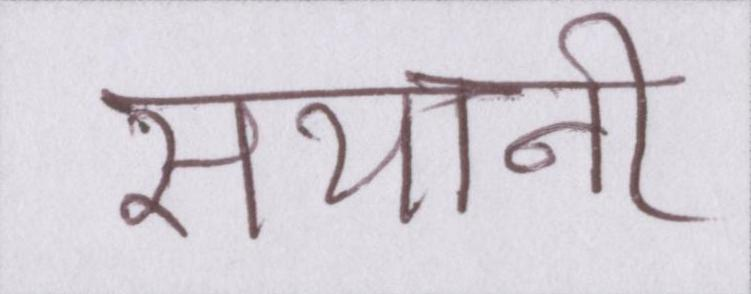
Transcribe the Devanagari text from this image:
सयानी